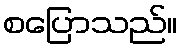
စပြောသည်။